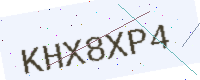
Text: KHX8XP4